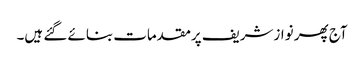
آج پھر نوازشریف پرمقدمات بنائے گئے ہیں۔